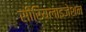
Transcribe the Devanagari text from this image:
सीरियलाइजेशन